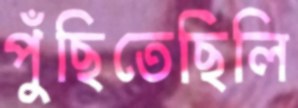
পুঁছিতেছিলি